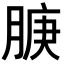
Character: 𬛇